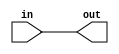
`default_nettype none

// apply some kind of gamma-correction so colors get more saturated
// returns in^2 / 2^8
module ws2812_gammasight(input wire [7:0] in, output wire [7:0] out);

	//wire [15:0] square = in*in;
	//assign out = square[15:8];
	assign out = in;

endmodule